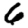
Digit: 6